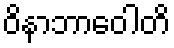
ဝိနာဘာဝေါတိ